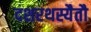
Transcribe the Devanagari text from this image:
दशरथस्यैतौ